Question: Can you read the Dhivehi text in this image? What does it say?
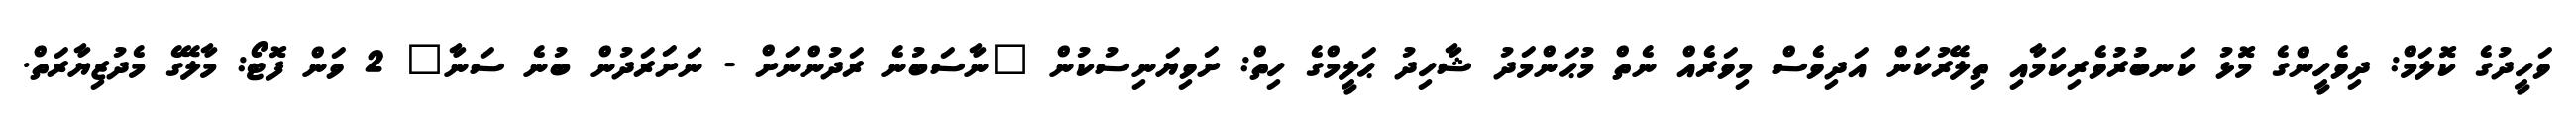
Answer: ވަހީދުގެ ކޮލަމް: ދިވެހީންގެ މޮޅު ކަނބުރުވެރިކަމާއި ތިލޭރުކަން އަދިވެސް މިވަރެއް ނެތް މުޙަންމަދު ޝާހިދު ޙަލީމްގެ ހިތް: ށަވިޔަނިސުކުން "ނާސަބުނެ ރަދުންނަށް - ނަށަރަދުން ބުނެ ސަނާ" 2 ވަން ފޮޓޯ: މާލޭގެ މެދުޒިޔާރަތް.